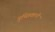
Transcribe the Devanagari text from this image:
गुच्छिकानी